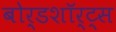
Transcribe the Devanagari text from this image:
बोर्डशॉर्ट्स